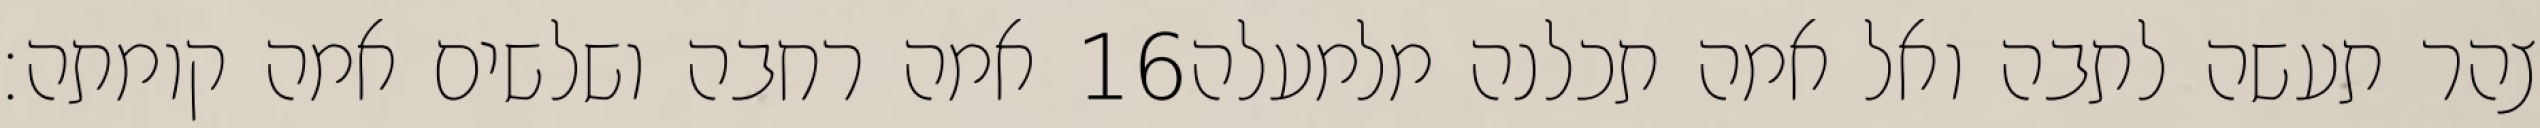
אמה רחבה ושלשים אמה קומתה׃ ‎16‏ צהר תעשה לתבה ואל אמה תכלנה מלמעלה